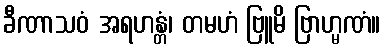
ခီဏာသဝံ အရဟန္တံ၊ တမဟံ ဗြူမိ ဗြာဟ္မဏံ။